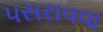
પસરાવવા